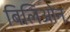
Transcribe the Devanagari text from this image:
बिलिओन